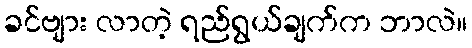
ခင်ဗျား လာတဲ့ ရည်ရွယ်ချက်က ဘာလဲ။